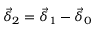
\vec { \delta } _ { 2 } = \vec { \delta } _ { 1 } - \vec { \delta } _ { 0 }